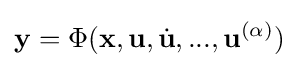
\mathbf {y} =\Phi (\mathbf {x} ,\mathbf {u} ,{\dot {\mathbf {u} }},...,\mathbf {u} ^{(\alpha )})